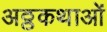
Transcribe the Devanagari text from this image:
अठ्ठकथाओं